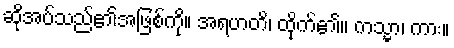
ဆိုအပ်သည်၏အဖြစ်ကို။ အရဟတိ၊ ထိုက်၏။ ကသ္မာ၊ ကား။